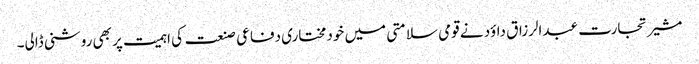
مشیر تجارت عبدالرزاق داؤد نے قومی سلامتی میں خودمختاری دفاعی صنعت کی اہمیت پر بھی روشنی ڈالی۔